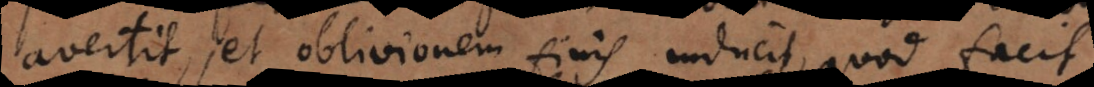
avertit, et oblivionem finis inducit, quod facit